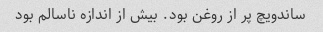
ساندویچ پر از روغن بود. بیش از اندازه ناسالم بود